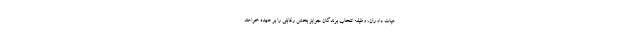
هیات داوران، وظیفه انتخاب برندگان جوایز بخش رقابتی را بر عهده خواهند